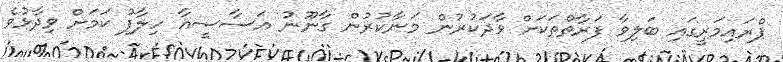
ޕްރައިމަރީގައި ބަލިވާ ފަރާތްތަކަށް ވާދަކުރުން މަނާކުރުން ގާނޫނު އަސާސީއާ ހިލާފު ކަމަށް ވިދާޅުވެ